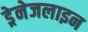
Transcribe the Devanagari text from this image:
ड्रेनेजलाइन